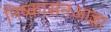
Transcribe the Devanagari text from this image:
निष्कासनआज्ञा